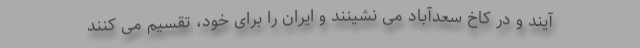
آیند و در کاخ سعدآباد می نشینند و ایران را برای خود، تقسیم می کنند